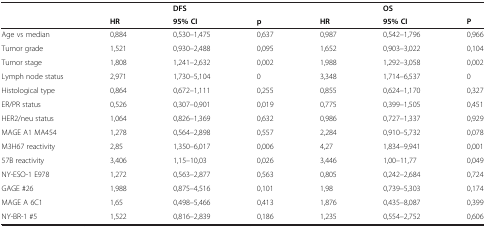
|  |  | DFS |  |  | OS |  |
 |  | HR | 95% CI | p | HR | 95% CI | P |
 | --- | --- | --- | --- | --- | --- | --- |
 | Age vs median | 0,884 | 0,530–1,475 | 0,637 | 0,987 | 0,542–1,796 | 0,966 |
 | Tumor grade | 1,521 | 0,930–2,488 | 0,095 | 1,652 | 0,903–3,022 | 0,104 |
 | Tumor stage | 1,808 | 1,241–2,632 | 0,002 | 1,988 | 1,292–3,058 | 0,002 |
 | Lymph node status | 2,971 | 1,730–5,104 | 0 | 3,348 | 1,714–6,537 | 0 |
 | Histological type | 0,864 | 0,672–1,111 | 0,255 | 0,855 | 0,624–1,170 | 0,327 |
 | ER/PR status | 0,526 | 0,307–0,901 | 0,019 | 0,775 | 0,399–1,505 | 0,451 |
 | HER2/neu status | 1,064 | 0,826–1,369 | 0,632 | 0,986 | 0,727–1,337 | 0,929 |
 | MAGE A1 MA454 | 1,278 | 0,564–2,898 | 0,557 | 2,284 | 0,910–5,732 | 0,078 |
 | M3H67 reactivity | 2,85 | 1,350–6,017 | 0,006 | 4,27 | 1,834–9,941 | 0,001 |
 | 57B reactivity | 3,406 | 1,15–10,03 | 0,026 | 3,446 | 1,00–11,77 | 0,049 |
 | NY-ESO-1 E978 | 1,272 | 0,563–2,877 | 0,563 | 0,805 | 0,242–2,684 | 0,724 |
 | GAGE #26 | 1,988 | 0,875–4,516 | 0,101 | 1,98 | 0,739–5,303 | 0,174 |
 | MAGE A 6C1 | 1,65 | 0,498–5,466 | 0,413 | 1,876 | 0,435–8,087 | 0,399 |
 | NY-BR-1 #5 | 1,522 | 0,816–2,839 | 0,186 | 1,235 | 0,554–2,752 | 0,606 |